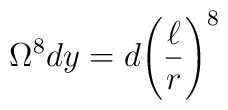
\Omega^8 dy = d{\left( \frac{\ell}{r} \right)}^8